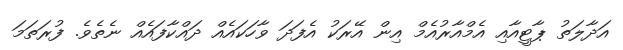
އަދާލަތު ޕާޓީއާއި އެމްއާރުއެމް އިން އޭރަކު އެފަދަ ވާހަކައެއް ދައްކާފައެއް ނެތެވެ. ފުރަތަމަ